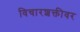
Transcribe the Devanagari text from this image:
विचारशक्तीवर